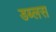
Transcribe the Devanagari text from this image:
डब्लस